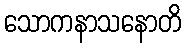
သောကနာသနောတိ